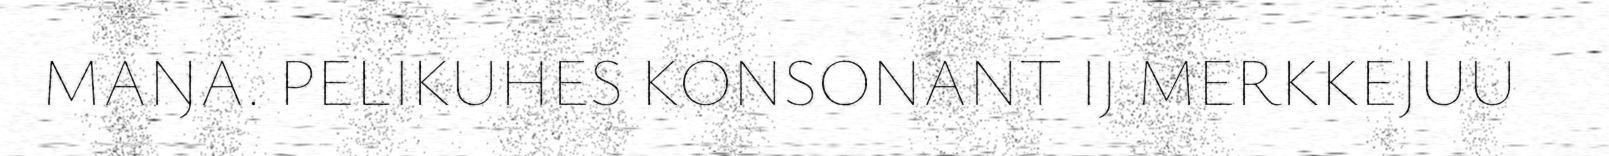
MAŊA. PELIKUHES KONSONANT IJ MERKKEJUU